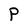
Character: P